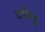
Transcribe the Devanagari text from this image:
दर्भेण्डु